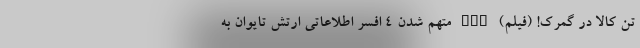
تن کالا در گمرک! (فیلم) nan متهم شدن ۴ افسر اطلاعاتی ارتش تایوان به